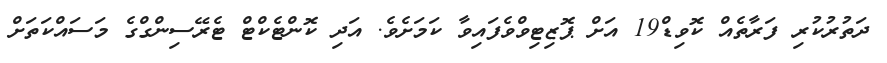
ދަތުރުކުރި ފަރާތެއް ކޮވިޑް19 އަށް ޕޮޒިޓިވްވެފައިވާ ކަމަށެވެ. އަދި ކޮންޓެކްޓް ޓެރޭސިންގްގެ މަސައްކަތަށް